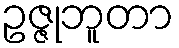
ဥဇ္ဇုဘူတာ